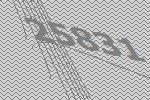
25831